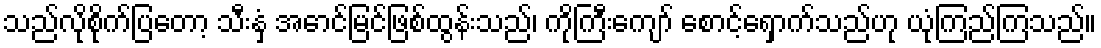
သည်လိုစိုက်ပြတော့ သီးနှံ အောင်မြင်ဖြစ်ထွန်းသည်၊ ကိုကြီးကျော် စောင့်ရှောက်သည်ဟု ယုံကြည်ကြသည်။